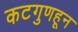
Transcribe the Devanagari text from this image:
कटगुणहून